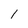
Character: 1